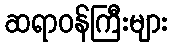
ဆရာဝန်ကြီးများ